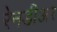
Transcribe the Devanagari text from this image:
रेनडीअर